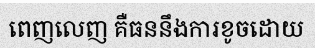
ពេញលេញ គឺធននឹងការខូចដោយ